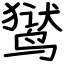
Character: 𬸚